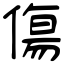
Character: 傷